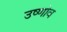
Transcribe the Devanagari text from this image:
उष्णोव